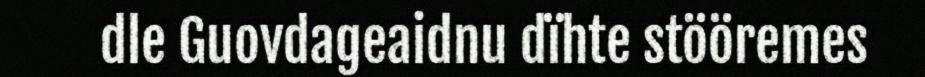
dle Guovdageaidnu dïhte stööremes